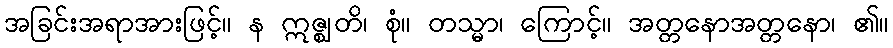
အခြင်းအရာအားဖြင့်။ န ဣဇ္ဈတိ၊ စုံ။ တသ္မာ၊ ကြောင့်။ အတ္တနောအတ္တနော၊ ၏။